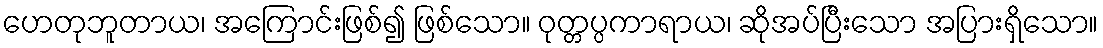
ဟေတုဘူတာယ၊ အကြောင်းဖြစ်၍ ဖြစ်သော။ ဝုတ္တပ္ပကာရာယ၊ ဆိုအပ်ပြီးသော အပြားရှိသော။